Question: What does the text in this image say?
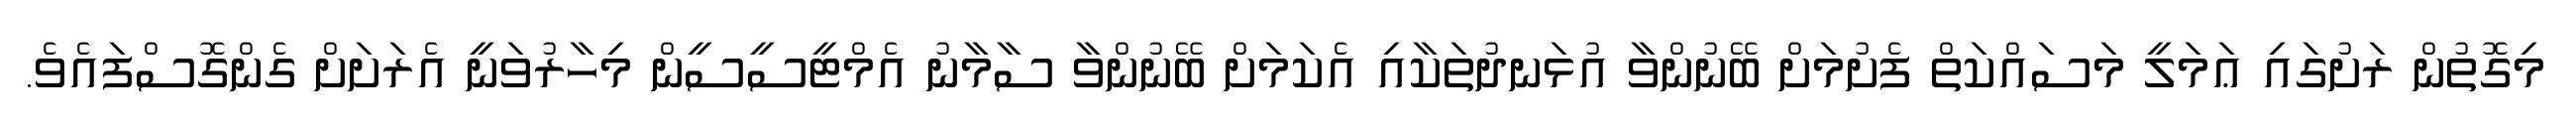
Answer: މިގޮތުން ރަށުގައި ޢަމަލީ މަސައްކަތް ފެށުމަށް ބޭނުންވާ އުޅަނދުތަކާއި އެކަމަށް ބޭނުންވާ ސާމާނު އެމްޓީސީސީން މިހާރުވަނީ އެރަށަށް ގެންގޮސްފައެވެ.